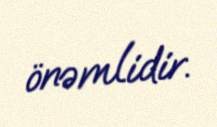
önəmlidir.